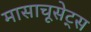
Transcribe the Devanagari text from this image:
मासाचूसेट्स